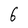
Character: 6